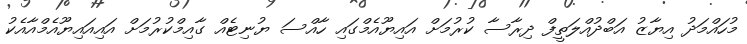
މުހައްމަދު އިޔާޒު އަބްދުއްލަތީފް ދިރާސާ ކުރުމަށް އައިޔޫއެމްގައި ހާއްސަ ޔުނިޓެއް ގާއިމްކުރުމަށް އައިއައިޔޫއެމްއާއެކު